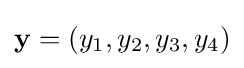
\mathbf {y} =(y_{1},y_{2},y_{3},y_{4})